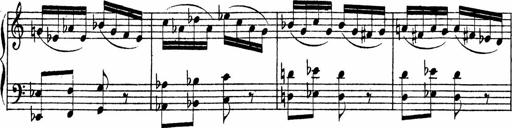
Title: Piano Sonata
Composer: Karl HÃ¤ssler
Key: C major